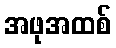
အဖုအထစ်